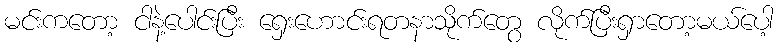
မင်းကတော့ ငါနဲ့ပေါင်းပြီး ရှေးဟောင်းရတနာသိုက်တွေ လိုက်ပြီးရှာတော့မယ်ပေါ့